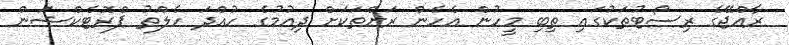
ރާއްޖޭގެ ރިސޯޓުތަކުގައި ތިބި މީހުން އެހެން ރަށްތަކަށް ދިއުމުގެ ހުއްދަ ހެލްތު ޕްރޮޓެކްޝަން